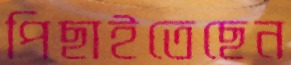
পিছাইতেছেন